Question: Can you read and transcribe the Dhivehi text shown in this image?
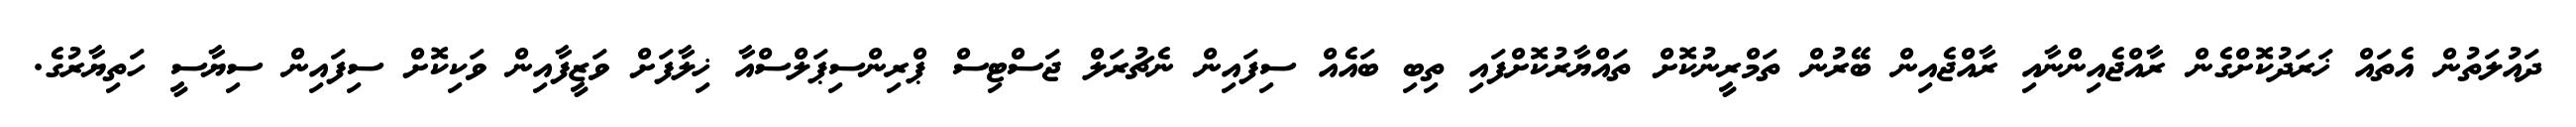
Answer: ދައުލަތުން އެތައް ޚަރަދުކޮށްގެން ރާއްޖެއިންނާއި ރާއްޖެއިން ބޭރުން ތަމްރީނުކޮށް ތައްޔާރުކޮށްފައި ތިބި ބައެއް ސިފައިން ނެޗުރަލް ޖަސްޓިސް ޕްރިންސިޕަލްސްއާ ޚިލާފަށް ވަޒީފާއިން ވަކިކޮށް ސިފައިން ސިޔާސީ ހަތިޔާރުގެ.